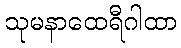
သုမနာထေရီဂါထာ